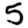
Digit: 5